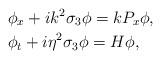
LaTeX: \begin{align*}&\phi_x+ik^2\sigma_3\phi=kP_x\phi,\\&\phi_t+i\eta^2\sigma_3\phi=H\phi,\end{align*}